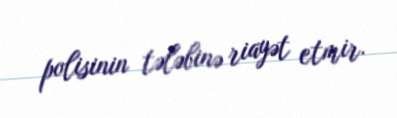
polisinin tələbinə riayət etmir.